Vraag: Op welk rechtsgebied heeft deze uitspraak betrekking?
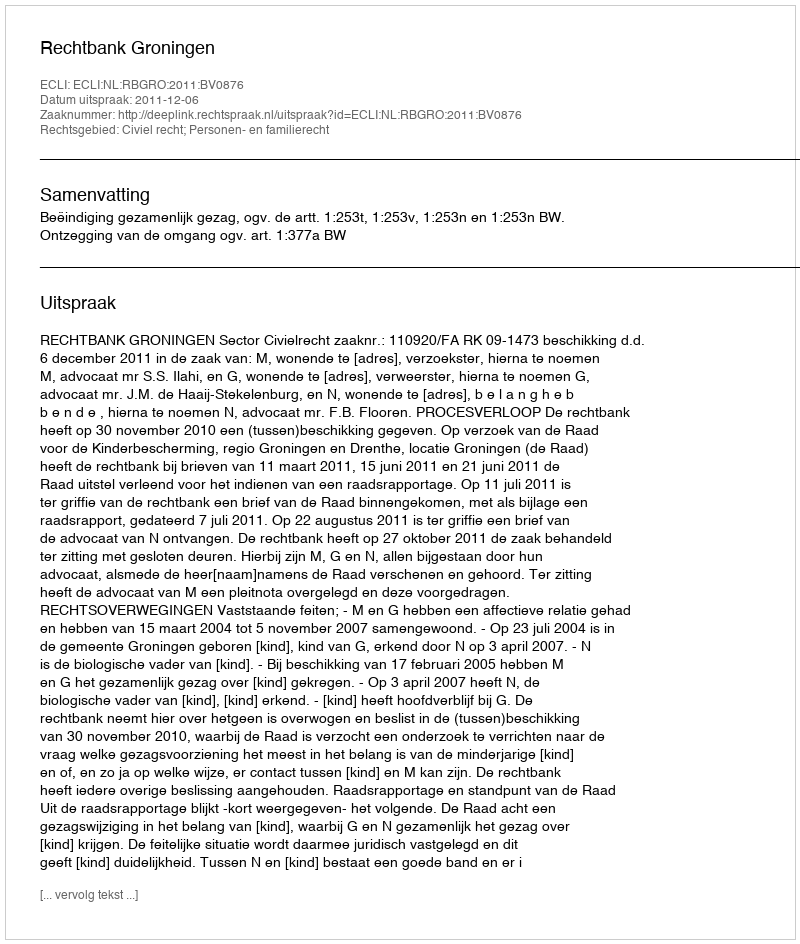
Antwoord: Civiel recht; Personen- en familierecht